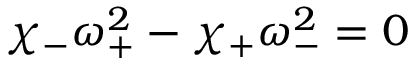
\chi _ { - } \omega _ { + } ^ { 2 } - \chi _ { + } \omega _ { - } ^ { 2 } = 0